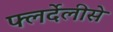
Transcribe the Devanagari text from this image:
फ्लर्देलीसे